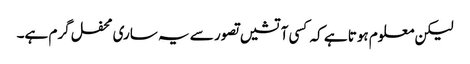
لیکن معلوم ہوتا ہے کہ کسی آتشیں تصور سے یہ ساری محفل گرم ہے۔